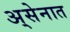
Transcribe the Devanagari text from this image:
अ्सेनात